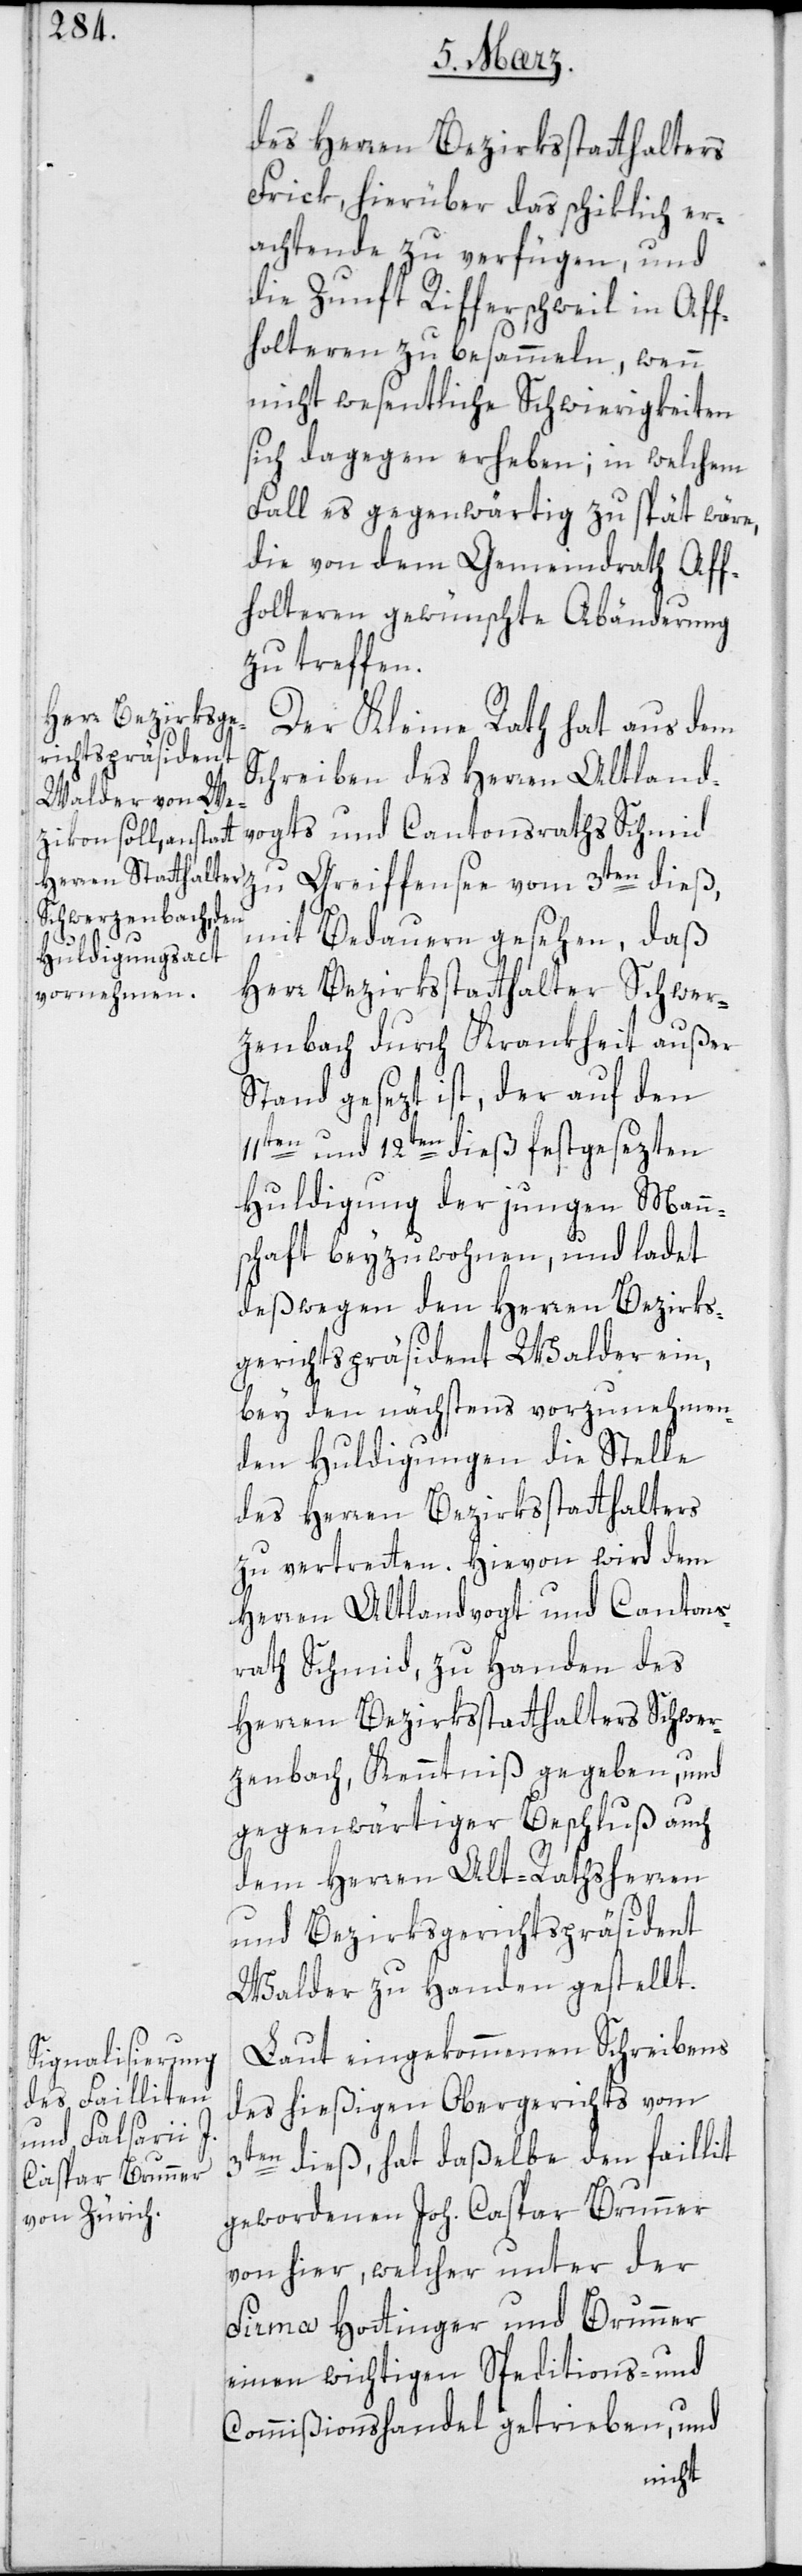
des Herren Bezirksstatthalters
Frick, hierüber das schiklich Er¬
achtende zu verfügen, und
die Zunft Rifferschweil in Af¬
foltern zu besammeln, wenn
nicht wesentliche Schwierigkeiten
sich dagegen erheben; in welchem
Fall es gegenwärtig zu spät wäre,
die von dem Gemeindrath Af¬
foltern gewünschte Abänderung
zu treffen.
Der Kleine Rath hat aus dem
Schreiben des Herren alt Land¬
vogts und Cantonsraths Schmid
zu Greiffensee vom 3ten dieß,
mit Bedauern gesehen, daß
Herr Bezirksstatthalter Schwer¬
zenbach durch Krankheit außer
Stand gesezt ist, der auf den
11ten und 12ten dieß festgesezten
Huldigung der jungen Mann¬
schaft beyzuwohnen, und ladet
deßwegen den Herren Bezirks¬
gerichtspräsident Walder ein,
bey den nächstens vorzunehmen¬
den Huldigungen die Stelle
des Herren Bezirksstatthalters
Herren alt Landvogt und Cantons¬
rath Schmid zu Handen des
Herren Bezirksstatthalters Schwer¬
zenbach, Kenntniß gegeben, und
gegenwärtiger Beschluß auch
dem Herren Alt-Rathsherren
und Bezirksgerichtspräsident
Walder zu Handen gestellt.
Laut eingekommenen Schreibens
des hießigen Obergerichts vom
3ten dieß, hat daßelbe den faillit
gewordenen Joh. Caspar Brunner
von hier, welcher unter der
Firma Hottinger und Brunner
einen wichtigen Speditions- und
Commißionshandel getrieben, und